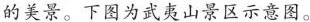
的美景。下图为武夷山景区示意图。